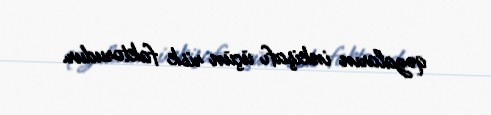
qəzaların inkişafı üçün risk faktorudur.